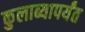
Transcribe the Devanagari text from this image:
कुलाब्यापर्यंत